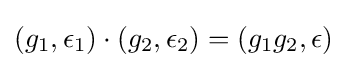
(g_{1},\epsilon _{1})\cdot (g_{2},\epsilon _{2})=(g_{1}g_{2},\epsilon )